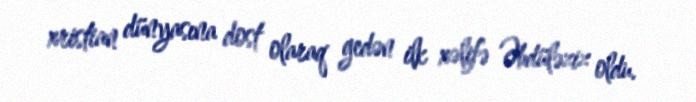
xristian dünyasına dost olaraq gedən ilk xəlifə Əbdüləziz oldu.